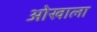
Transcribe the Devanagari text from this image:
ओखाला